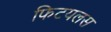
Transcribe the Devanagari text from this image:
फिटयलस